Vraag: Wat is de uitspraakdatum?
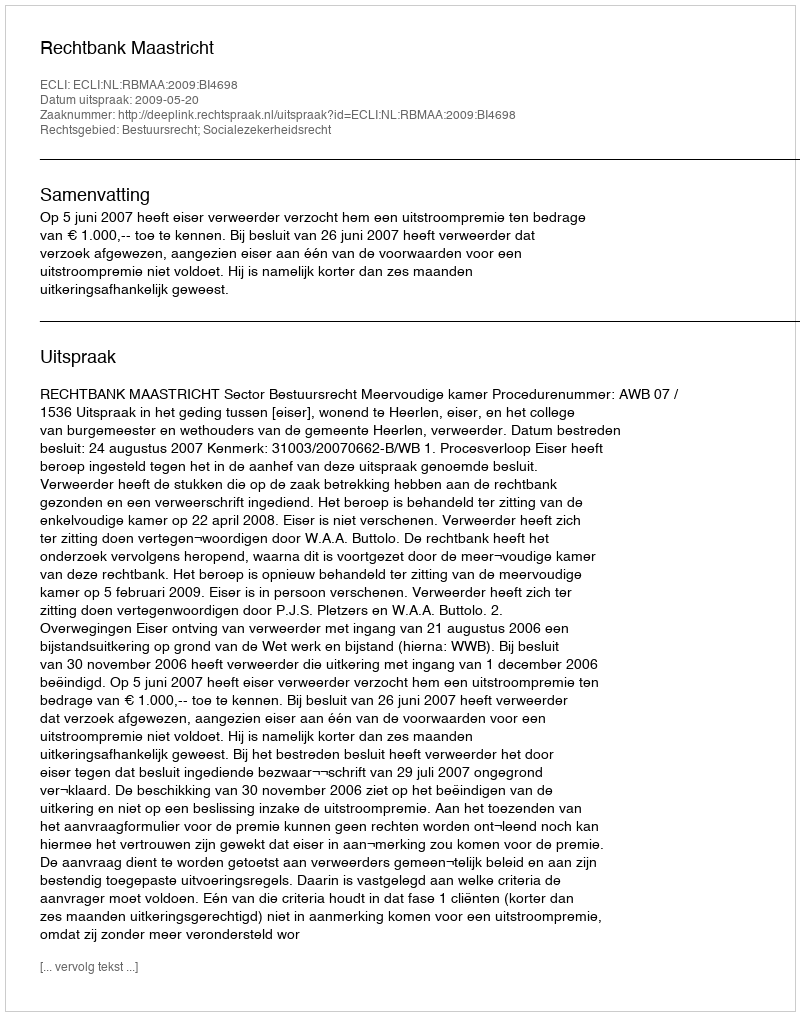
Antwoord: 2009-05-20